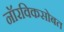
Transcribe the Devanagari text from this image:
नॉरविकसोबत